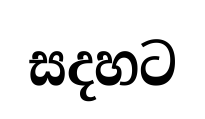
සදහට